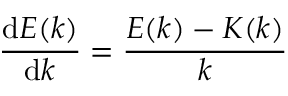
{ \frac { \mathrm { d } E ( k ) } { \mathrm { d } k } } = { \frac { E ( k ) - K ( k ) } { k } }